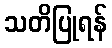
သတိပြုရန်